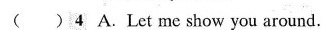
( )4 A.Let me show you around.